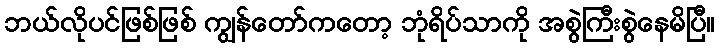
ဘယ်လိုပင်ဖြစ်ဖြစ် ကျွန်တော်ကတော့ ဘုံရိပ်သာကို အစွဲကြီးစွဲနေမိပြီ။